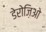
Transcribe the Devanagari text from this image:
डेरोज़िओ